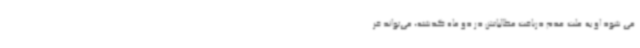
می شود او به علت عدم دریافت مطالباتش در دو ماه گذشته، می‌تواند قر